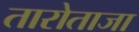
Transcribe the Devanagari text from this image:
तारोताजा